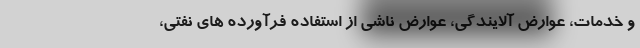
و خدمات، عوارض آلایندگی، عوارض ناشی از استفاده فرآورده های نفتی،